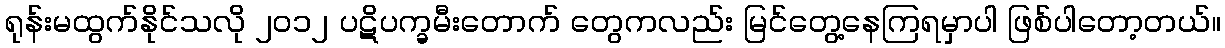
ရုန်းမထွက်နိုင်သလို ၂၀၁၂ ပဋိပက္ခမီးတောက် တွေကလည်း မြင်တွေ့နေကြရမှာပါ ဖြစ်ပါတော့တယ်။